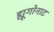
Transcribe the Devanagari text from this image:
ह्यूगोनाट